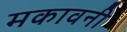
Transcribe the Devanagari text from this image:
मकावनी